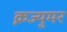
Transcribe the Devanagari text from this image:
क्नज्युमर